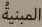
المبية